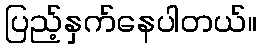
ပြည့်နှက်နေပါတယ်။